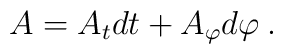
A=A_tdt+A_{\varphi}d{\varphi}\:.